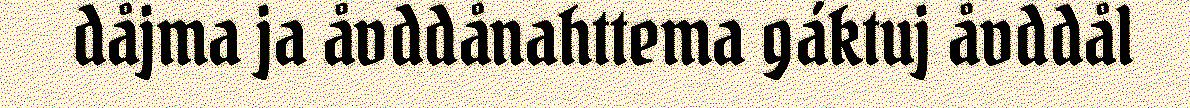
dåjma ja åvddånahttema gáktuj åvddål